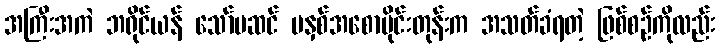
အကြီးအကဲ ဘရိုင်ယန် သော်မဆင် မနှစ်အစောပိုင်းတုန်းက အသတ်ခံရတဲ့ ဖြစ်စဉ်ကိုလည်း